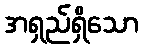
အရှည်ရှိသော